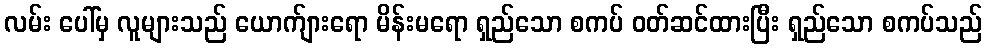
လမ်း ပေါ်မှ လူများသည် ယောက်ျားရော မိန်းမရော ရှည်သော စကပ် ဝတ်ဆင်ထားပြီး ရှည်သော စကပ်သည်